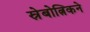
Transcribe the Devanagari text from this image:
स्रेबोत्निकने